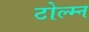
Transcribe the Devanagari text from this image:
टोल्म्न